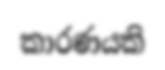
කාරණයකි